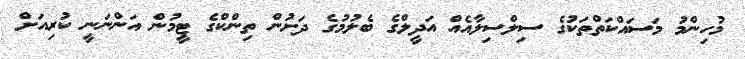
މުހިންމު މަސައްކަތްތަކުގެ ސިލްސިލާއެއް އަދީލްގެ ބެލުމުގެ ދަށުން ތިންކްގެ ޓީމުން އަންނަނީ ކުރިއަށް